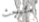
ستبحث